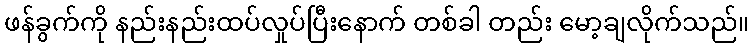
ဖန်ခွက်ကို နည်းနည်းထပ်လှုပ်ပြီးနောက် တစ်ခါ တည်း မော့ချလိုက်သည်။